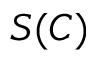
S ( C )